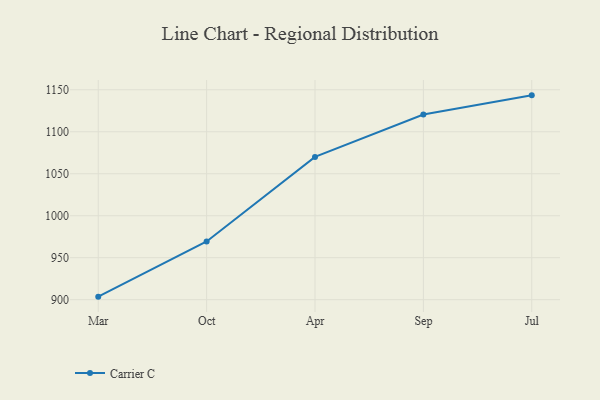
{"axis": {"x": "Month", "y": "Bounce Rate (%)"}, "legend": ["Carrier C"], "data": [{"x": "Mar", "y": 903.6, "type": "Carrier C"}, {"x": "Oct", "y": 969.3, "type": "Carrier C"}, {"x": "Apr", "y": 1070.1, "type": "Carrier C"}, {"x": "Sep", "y": 1120.6, "type": "Carrier C"}, {"x": "Jul", "y": 1143.4, "type": "Carrier C"}]}